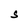
Character: S